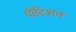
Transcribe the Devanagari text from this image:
पीटिशन